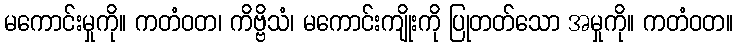
မကောင်းမှုကို။ ကတံဝတ၊ ကိဗ္ဗိသံ၊ မကောင်းကျိုးကို ပြုတတ်သော အမှုကို။ ကတံဝတ။